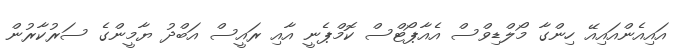
އައިއެންއައިއޭ ހިންގާ މޯލްޑިވްސް އެއާޕޯޓްސް ކޮމްޕެނީ އާއި ރައީސް އަބްދު ޔާމީންގެ ސަރުކާރުން